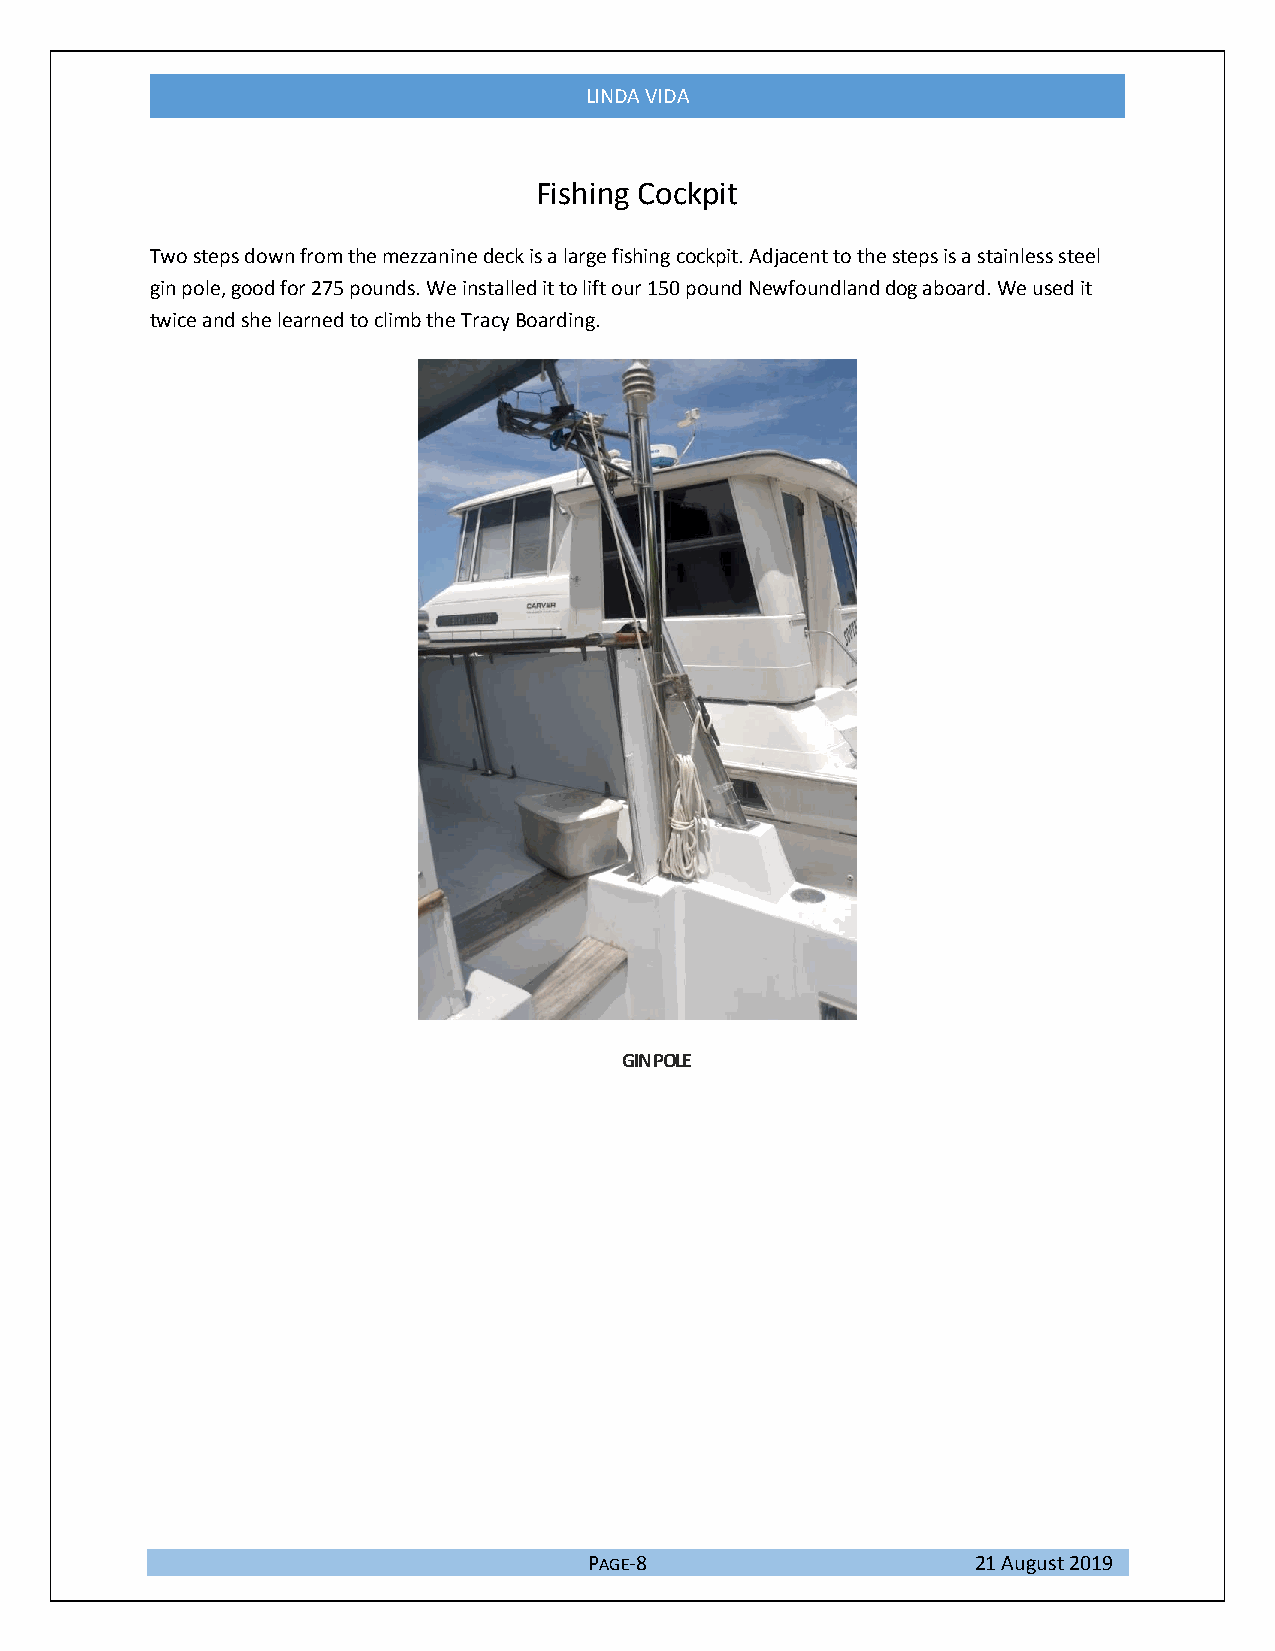
LINDA VIDA
 Fishing Cockpit
 Two steps down from the mezzanine deck is a large fishing cockpit. Adjacent to the steps is a stainless steel
 gin pole, good for 275 pounds. We installed it to lift our 150 pound Newfoundland dog aboard. We used it
 twice and she learned to climb the Tracy Boarding.
 GIN POLE
 PAGE-8                    21 August 2019